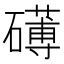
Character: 礡